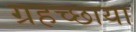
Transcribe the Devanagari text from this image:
ग्रहच्छाया